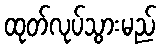
ထုတ်လုပ်သွားမည်